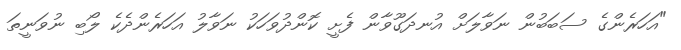
"އަހަރެންގެ ސަބަބުން ނަވާލަށް އުނދަގޫވާން ފެށީ ކޮންދުވަހަކު ނަވާލު އަހަރެންދެކެ ލޯބި ނުވަނީތަ